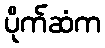
ပိုက်ဆံက